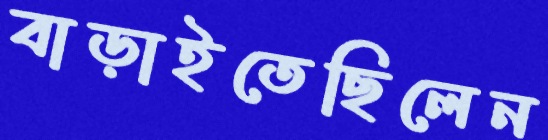
বাড়াইতেছিলেন